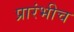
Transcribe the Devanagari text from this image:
प्रारंभीच